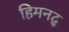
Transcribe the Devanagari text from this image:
हिमनद्